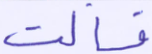
فسالت